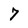
Character: 7